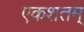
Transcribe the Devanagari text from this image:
एकशतम्